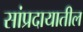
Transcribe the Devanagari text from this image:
सांप्रदायातील